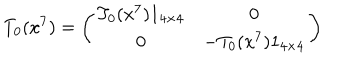
LaTeX: T _ { 0 } ( x ^ { 7 } ) = \left( \begin{array} { c c } { { T _ { 0 } ( x ^ { 7 } ) 1 _ { 4 \times 4 } } } & { { 0 } } \\ { { 0 } } & { { - T _ { 0 } ( x ^ { 7 } ) 1 _ { 4 \times 4 } } } \\ \end{array} \right)